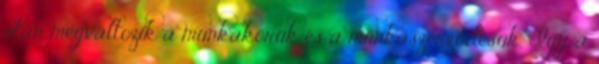
után megváltozik a munkakörük és a munkaszerződésük. Így a